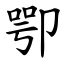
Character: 卾